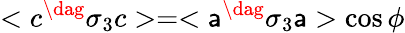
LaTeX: <c^{\dag}\sigma_{3}c>=<\mathsf{a}^{\dag}\sigma_{3}\mathsf{a}>\cos\phi